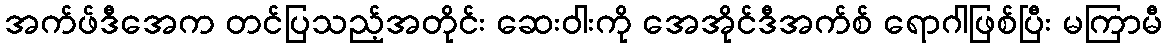
အက်ဖ်ဒီအေက တင်ပြသည့်အတိုင်း ဆေးဝါးကို အေအိုင်ဒီအက်စ် ရောဂါဖြစ်ပြီး မကြာမီ